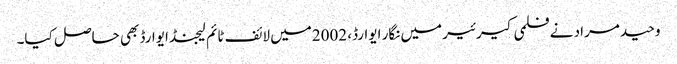
وحید مراد نے فلمی کیرئیر میں نگار ایوارڈ، 2002میں لائف ٹائم لیجنڈ ایوارڈ بھی حاصل کیا۔